Problem: 5 × 6 = ?
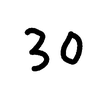
Handwritten answer: 30